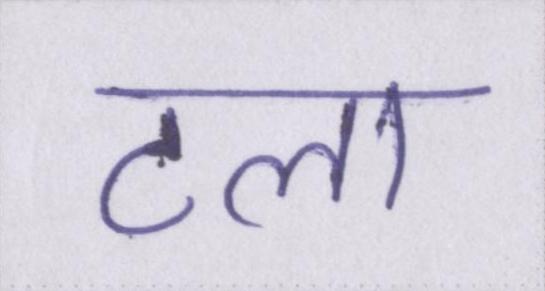
टला